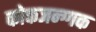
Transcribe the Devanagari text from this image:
कोकजन्ग्गक